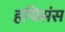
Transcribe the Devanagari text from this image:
हचिसंस